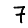
Digit: 7